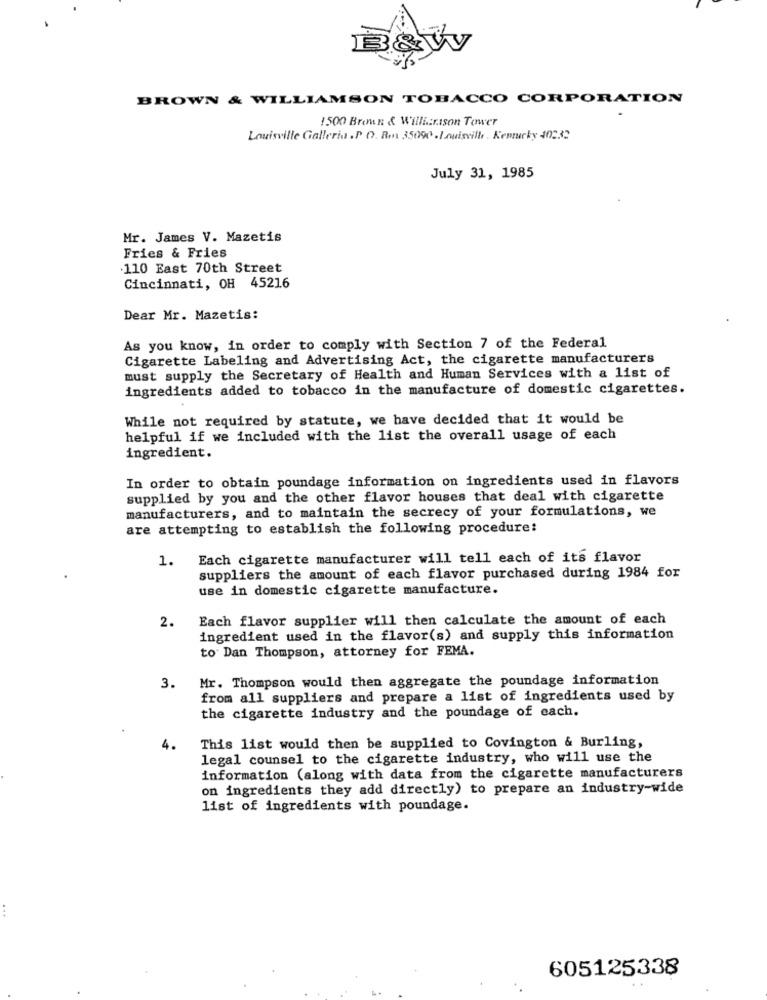
B&M
BROWN & WILLIAMSON TOBACCO CORPORATION
1500 Bremn & Willizrison Tower
Louisville Galleria . P. O. Box 35090 . Louisville , Kentucky 40232
July 31, 1985
Mr. James V. Mazetis
Fries & Fries
110 East 70th Street
Cincinnati, OH 45216
Dear Mr. Mazetis:
As you know, in order to comply with Section 7 of the Federal
Cigarette Labeling and Advertising Act, the cigarette manufacturers
must supply the Secretary of Health and Human Services with a list of
ingredients added to tobacco in the manufacture of domestic cigarettes.
While not required by statute, we have decided that it would be
helpful if we included with the list the overall usage of each
ingredient.
In order to obtain poundage information on ingredients used in flavors
supplied by you and the other flavor houses that deal with cigarette
manufacturers, and to maintain the secrecy of your formulations, we
are attempting to establish the following procedure:
Each cigarette manufacturer will tell each of its flavor
1.
suppliers the amount of each flavor purchased during 1984 for
use in domestic cigarette manufacture.
2.
Each flavor supplier will then calculate the amount of each
ingredient used in the flavor(s) and supply this information
to Dan Thompson, attorney for FEMA.
Mr. Thompson would then aggregate the poundage information
3.
from all suppliers and prepare a list of ingredients used by
the cigarette industry and the poundage of each.
4.
This list would then be supplied to Covington & Burling,
legal counsel to the cigarette industry, who will use the
information (along with data from the cigarette manufacturers
on ingredients they add directly) to prepare an industry-wide
list of ingredients with poundage.
...
605125338